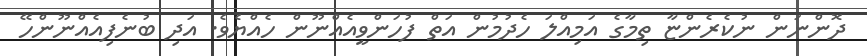
ދޮންނަން ނުކެރެންޏާ ތިމާގެ އަމިއްލަ ހެދުމުން އަތް ފުހަންވީއެއްނޫން ހެއްޔެވެ. އަދި ބުނެފިއެއްނޫންހޭ